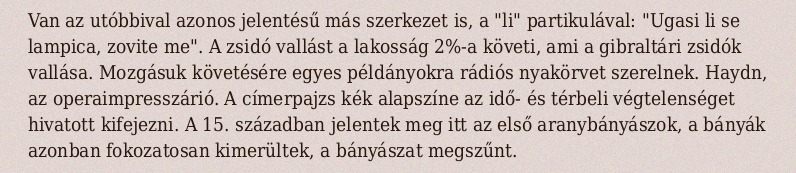
Van az utóbbival azonos jelentésű más szerkezet is, a "li" partikulával: "Ugasi li se lampica, zovite me". A zsidó vallást a lakosság 2%-a követi, ami a gibraltári zsidók vallása. Mozgásuk követésére egyes példányokra rádiós nyakörvet szerelnek. Haydn, az operaimpresszárió. A címerpajzs kék alapszíne az idő- és térbeli végtelenséget hivatott kifejezni. A 15. században jelentek meg itt az első aranybányászok, a bányák azonban fokozatosan kimerültek, a bányászat megszűnt.